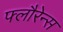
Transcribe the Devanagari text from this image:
फ्लौरेन्स